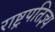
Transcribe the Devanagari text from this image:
राष्ट्रपतिज्ञ्य